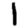
Digit: 1